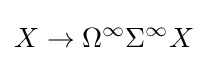
X\to \Omega ^{\infty }\Sigma ^{\infty }X